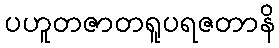
ပဟူတဇာတရူပရဇတာနိ